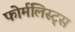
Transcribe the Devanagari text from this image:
फोर्मलिस्ट्स